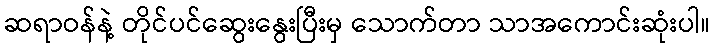
ဆရာဝန်နဲ့ တိုင်ပင်ဆွေးနွေးပြီးမှ သောက်တာ သာအကောင်းဆုံးပါ။